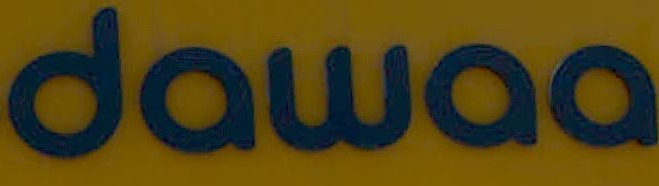
dawaa